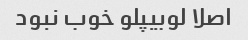
اصلا لوبیپلو خوب نبود